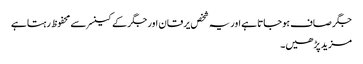
جگر صاف ہوجاتا ہے اور یہ شخص یرقان اور جگر کے کینسر سے محفوظ رہتا ہے
مزید پڑھیں۔